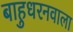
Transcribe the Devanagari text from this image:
बाहुधरनवाला